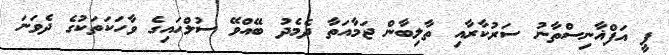
ޕީ އަފްޣާނިސްތާނު ސަރުކާރާއި ތާލިބާން ޖަމާއަތާ ދެމެދު ބޭއްވޭ ސުލްހައިގެ ވާހަކަތަކުގެ ދެވަނަ